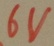
Text: 6V